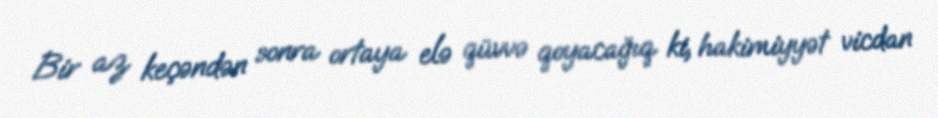
Bir az keçəndən sonra ortaya elə qüvvə qoyacağıq ki, hakimiyyət vicdan